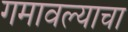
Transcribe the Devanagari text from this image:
गमावल्याचा